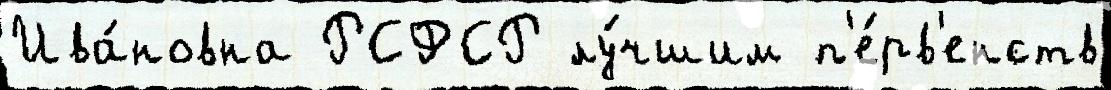
Ива́новна РСФСР лу́чшим п'е́рв'енств